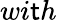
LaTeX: wi\mathsf{t}h